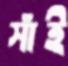
সাঁই